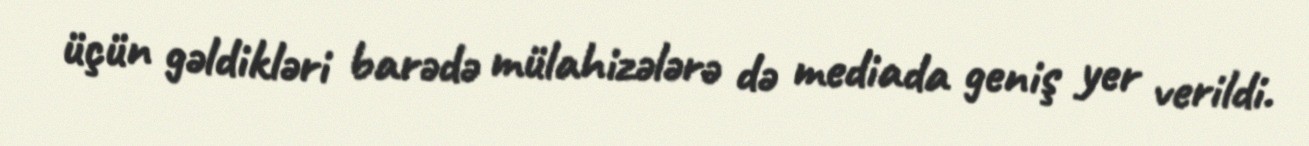
üçün gəldikləri barədə mülahizələrə də mediada geniş yer verildi.